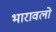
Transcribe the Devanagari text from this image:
भारावलो